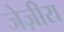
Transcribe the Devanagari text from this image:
जेज़ीरा